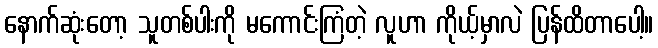
နောက်ဆုံးတော့ သူတစ်ပါးကို မကောင်းကြံတဲ့ လူဟာ ကိုယ့်မှာလဲ ပြန်ထိတာပေါ့။